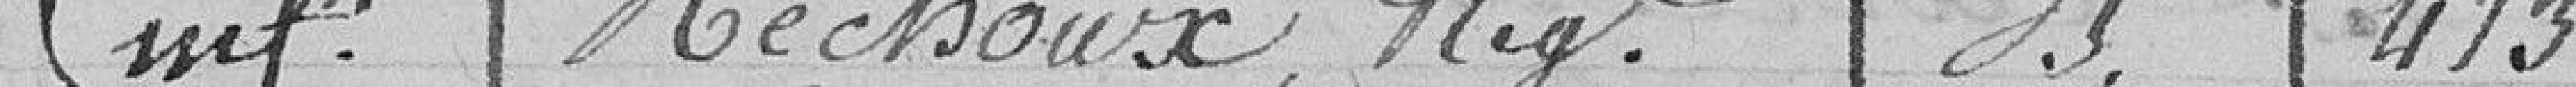
inf Mechoux Nigt B 413